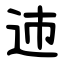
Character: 䢌